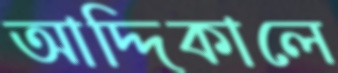
আদ্দিকালে